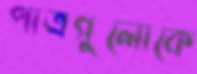
পাত্রগুলোকে